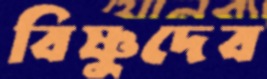
বিষ্ণুদেব